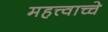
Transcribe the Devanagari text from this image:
महत्त्वाच्चे